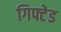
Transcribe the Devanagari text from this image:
गिफ्टेड